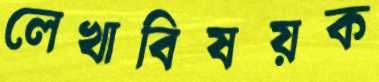
লেখাবিষয়ক